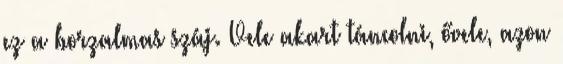
ez a borzalmas száj. Vele akart táncolni, ővele, azon